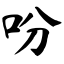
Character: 吩